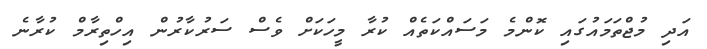
އަދި މުޖްތަމައުގައި ކޮންމެ މަސައްކަތެއް ކުރާ މީހަކަށް ވެސް ސަރުކާރުން އިހްތިރާމް ކުރާނެ